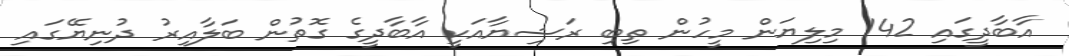
އާބާދީގައި 142 މިލިޔަން މީހުން ތިބި ރަޝިޔާއަކީ އާބާދީގެ ގޮތުން ބަލާއިރު ދުނިޔޭގައި